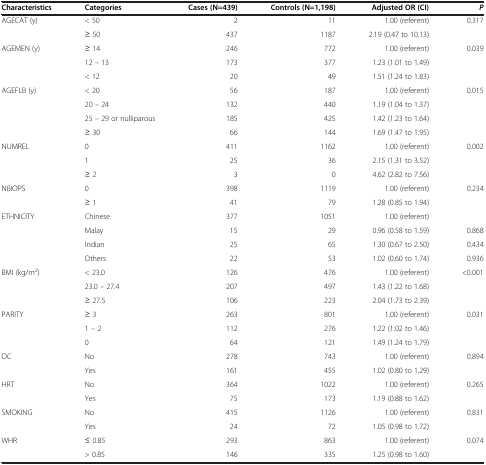
<table><thead><tr><td><b>Characteristics</b></td><td><b>Categories</b></td><td><b>Cases (N=439)</b></td><td><b>Controls (N=1,198)</b></td><td><b>Adjusted OR (CI)</b></td><td><b><i>P</i></b></td></tr></thead><tbody><tr><td>AGECAT (y)</td><td>&lt; 50</td><td>2</td><td>11</td><td>1.00 (referent)</td><td>0.317</td></tr><tr><td> </td><td>≥ 50</td><td>437</td><td>1187</td><td>2.19 (0.47 to 10.13)</td><td> </td></tr><tr><td>AGEMEN (y)</td><td>≥ 14</td><td>246</td><td>772</td><td>1.00 (referent)</td><td>0.039</td></tr><tr><td> </td><td>12 – 13</td><td>173</td><td>377</td><td>1.23 (1.01 to 1.49)</td><td> </td></tr><tr><td> </td><td>&lt; 12</td><td>20</td><td>49</td><td>1.51 (1.24 to 1.83)</td><td> </td></tr><tr><td>AGEFLB (y)</td><td>&lt; 20</td><td>56</td><td>187</td><td>1.00 (referent)</td><td>0.015</td></tr><tr><td> </td><td>20 – 24</td><td>132</td><td>440</td><td>1.19 (1.04 to 1.37)</td><td> </td></tr><tr><td> </td><td>25 – 29 or nulliparous</td><td>185</td><td>425</td><td>1.42 (1.23 to 1.64)</td><td> </td></tr><tr><td> </td><td>≥ 30</td><td>66</td><td>144</td><td>1.69 (1.47 to 1.95)</td><td> </td></tr><tr><td>NUMREL</td><td>0</td><td>411</td><td>1162</td><td>1.00 (referent)</td><td>0.002</td></tr><tr><td> </td><td>1</td><td>25</td><td>36</td><td>2.15 (1.31 to 3.52)</td><td> </td></tr><tr><td> </td><td>≥ 2</td><td>3</td><td>0</td><td>4.62 (2.82 to 7.56)</td><td> </td></tr><tr><td>NBIOPS</td><td>0</td><td>398</td><td>1119</td><td>1.00 (referent)</td><td>0.234</td></tr><tr><td> </td><td>≥ 1</td><td>41</td><td>79</td><td>1.28 (0.85 to 1.94)</td><td> </td></tr><tr><td>ETHNICITY</td><td>Chinese</td><td>377</td><td>1051</td><td>1.00 (referent)</td><td> </td></tr><tr><td> </td><td>Malay</td><td>15</td><td>29</td><td>0.96 (0.58 to 1.59)</td><td>0.868</td></tr><tr><td> </td><td>Indian</td><td>25</td><td>65</td><td>1.30 (0.67 to 2.50)</td><td>0.434</td></tr><tr><td> </td><td>Others</td><td>22</td><td>53</td><td>1.02 (0.60 to 1.74)</td><td>0.936</td></tr><tr><td>BMI (kg/m<sup>2</sup>)</td><td>&lt; 23.0</td><td>126</td><td>476</td><td>1.00 (referent)</td><td>&lt;0.001</td></tr><tr><td> </td><td>23.0 – 27.4</td><td>207</td><td>497</td><td>1.43 (1.22 to 1.68)</td><td> </td></tr><tr><td> </td><td>≥ 27.5</td><td>106</td><td>223</td><td>2.04 (1.73 to 2.39)</td><td> </td></tr><tr><td>PARITY</td><td>≥ 3</td><td>263</td><td>801</td><td>1.00 (referent)</td><td>0.031</td></tr><tr><td> </td><td>1 – 2</td><td>112</td><td>276</td><td>1.22 (1.02 to 1.46)</td><td> </td></tr><tr><td> </td><td>0</td><td>64</td><td>121</td><td>1.49 (1.24 to 1.79)</td><td> </td></tr><tr><td>OC</td><td>No</td><td>278</td><td>743</td><td>1.00 (referent)</td><td>0.894</td></tr><tr><td> </td><td>Yes</td><td>161</td><td>455</td><td>1.02 (0.80 to 1.29)</td><td> </td></tr><tr><td>HRT</td><td>No</td><td>364</td><td>1022</td><td>1.00 (referent)</td><td>0.265</td></tr><tr><td> </td><td>Yes</td><td>75</td><td>173</td><td>1.19 (0.88 to 1.62)</td><td> </td></tr><tr><td>SMOKING</td><td>No</td><td>415</td><td>1126</td><td>1.00 (referent)</td><td>0.831</td></tr><tr><td> </td><td>Yes</td><td>24</td><td>72</td><td>1.05 (0.98 to 1.72)</td><td> </td></tr><tr><td>WHR</td><td>≤ 0.85</td><td>293</td><td>863</td><td>1.00 (referent)</td><td>0.074</td></tr><tr><td> </td><td>&gt; 0.85</td><td>146</td><td>335</td><td>1.25 (0.98 to 1.60)</td><td> </td></tr></tbody></table>